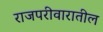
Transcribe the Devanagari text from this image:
राजपरीवारातील